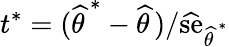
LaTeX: t^{*}=({\widehat{\theta\, }}^{*}-{\widehat{\theta\, }})/{\widehat{\mathrm{se}}}_{{\widehat{\theta\, }}^{*}}